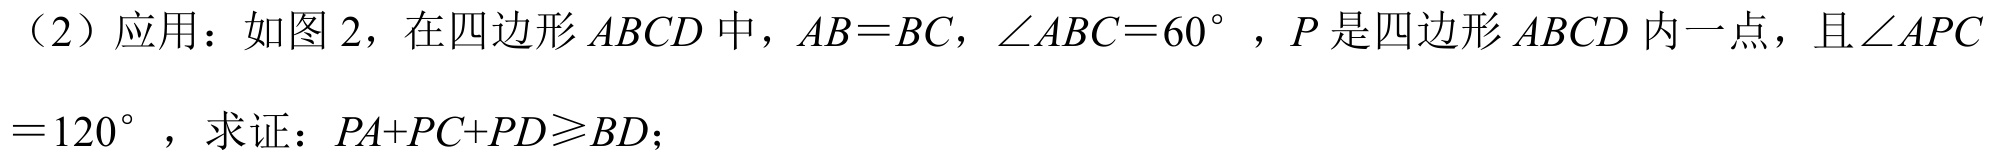
（2）应用：如图2，在四边形\(ABCD\)中，\(AB = BC\)，\(\angle ABC = 60^{\circ}\)，\(P\)是四边形\(ABCD\)内一点，且\(\angle APC=120^{\circ}\)，求证：\(PA + PC + PD\geqslant BD\)；